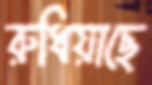
রুধিয়াছে